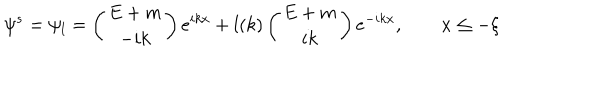
LaTeX: \psi ^ { s } = \psi _ { l } = \left( \begin{array} { c } { { E + m } } \\ { { - i k } } \\ \end{array} \right) e ^ { i k x } + l ( k ) \left( \begin{array} { c } { { E + m } } \\ { { i k } } \\ \end{array} \right) e ^ { - i k x } , \qquad x \leq - \xi